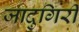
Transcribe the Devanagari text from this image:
जादुगिरी